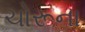
ચોરૂના